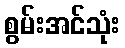
စွမ်းအင်သုံး